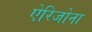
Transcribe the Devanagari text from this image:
ऐरिजोना